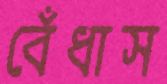
বেঁধাস